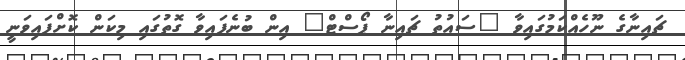
ޗައިނާގެ ނޫހެއްކަމުގައިވާ "ސައުތު ޗައިނާ ޕޯސްޓް" އިން ބުނެފައިވާ ގޮތުގައި މިކަން ކޮށްފައިވަނީ